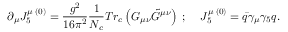
\partial _ { \mu } J _ { 5 } ^ { \mu \; ( 0 ) } = \frac { g ^ { 2 } } { 1 6 \pi ^ { 2 } } \frac { 1 } { N _ { c } } T r _ { c } \left( { G _ { \mu \nu } { \tilde { G } } ^ { \mu \nu } } \right) \; ; \; \; \; \; J _ { 5 } ^ { \mu \; ( 0 ) } = \bar { q } \gamma _ { \mu } \gamma _ { 5 } q .